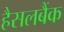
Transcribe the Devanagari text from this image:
हैसलबैंक